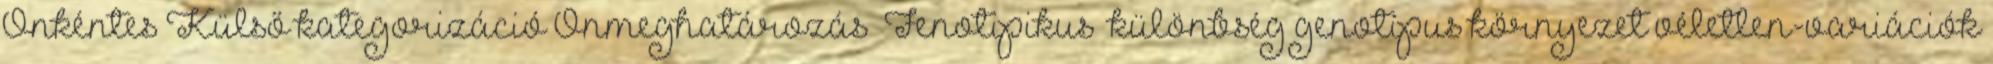
Önkéntes Külső kategorizáció Önmeghatározás „Fenotipikus” különbség genotípus környezet véletlen-variációk